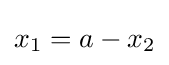
x_{1}=a-x_{2}